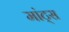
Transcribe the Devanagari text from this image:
मांट्स